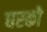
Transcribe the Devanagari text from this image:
घरको